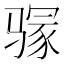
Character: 𱅥